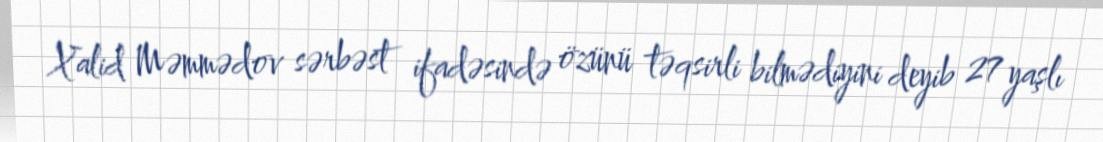
Xalid Məmmədov sərbəst ifadəsində özünü təqsirli bilmədiyini deyib 27 yaşlı